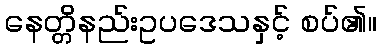
နေတ္တိနည်းဥပဒေသနှင့် စပ်၏။